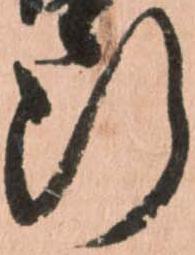
断